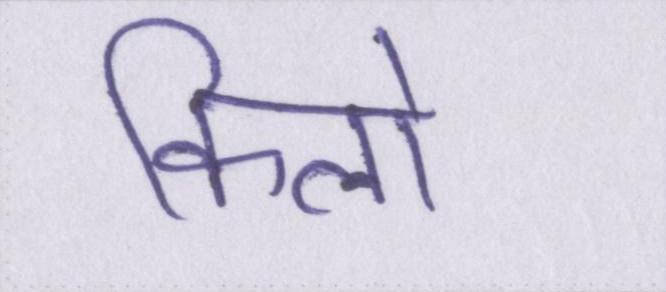
किलो